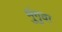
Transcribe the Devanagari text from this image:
मुंगुवा